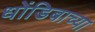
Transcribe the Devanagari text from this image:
धोंडिबाच्या